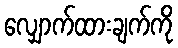
လျှောက်ထားချက်ကို